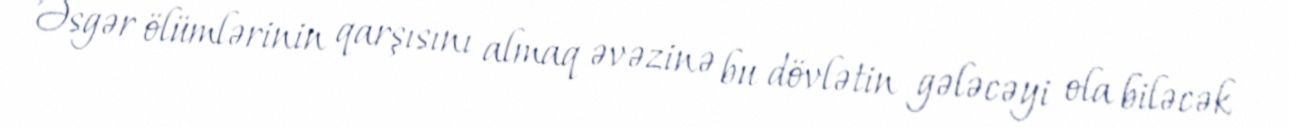
Əsgər ölümlərinin qarşısını almaq əvəzinə bu dövlətin gələcəyi ola biləcək